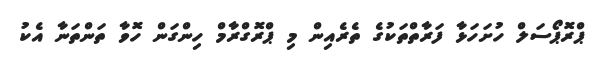
ޕްރޮޕޯސަލް ހުށަހަޅާ ފަރާތްތަކުގެ ތެރެއިން މި ޕްރޮގްރާމް ހިންގަން ހޮވާ ތަންތަނާ އެކު